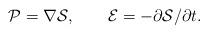
LaTeX: \begin{align*}{\cal P} = \nabla {\cal S} , \qquad {\cal E} = -\partial {\cal S}/\partial t.\end{align*}